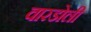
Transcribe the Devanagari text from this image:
वारडोली